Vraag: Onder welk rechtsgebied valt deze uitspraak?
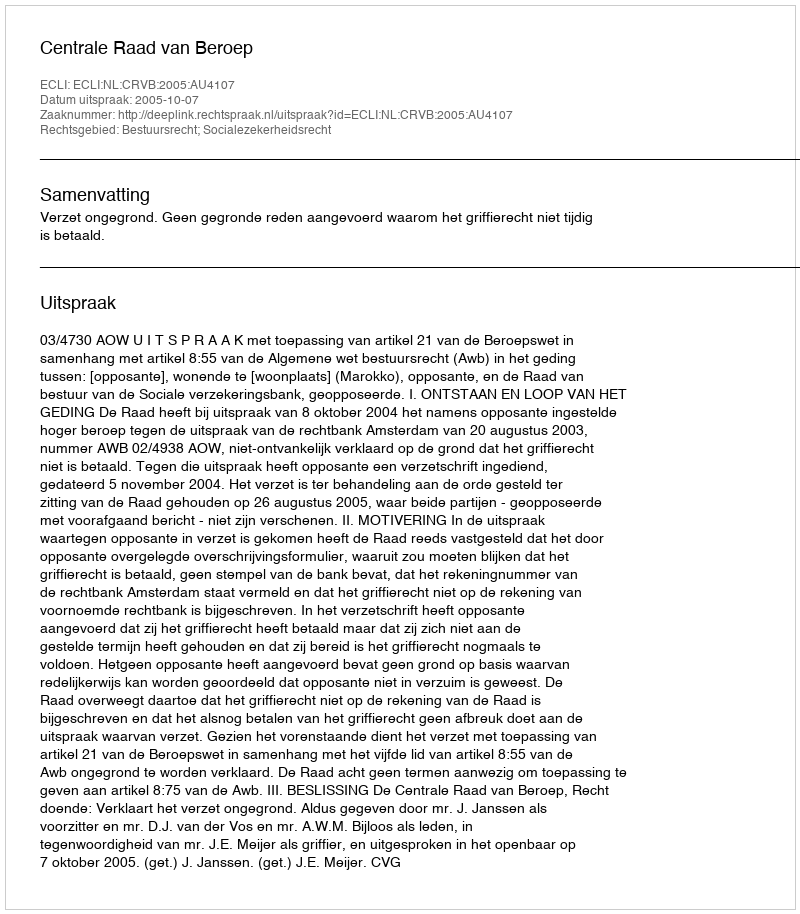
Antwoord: Bestuursrecht; Socialezekerheidsrecht